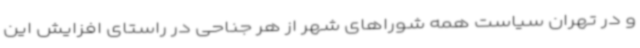
و در تهران سیاست‌ همه شوراهای شهر از هر جناحی در راستای افزایش این